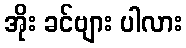
အိုး ခင်ဗျား ပါလား